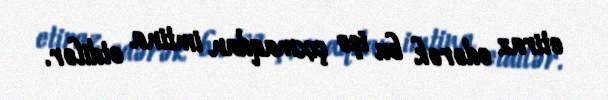
etiraz edərək bu işə çıxmaqdan imtina etdilər.